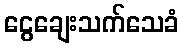
ငွေချေးသက်သေခံ